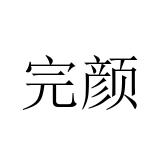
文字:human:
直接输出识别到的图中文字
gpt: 完颜